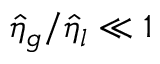
\hat { \eta } _ { g } / \hat { \eta } _ { l } \ll 1